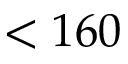
< 1 6 0